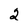
Character: 2